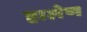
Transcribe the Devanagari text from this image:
हालेण